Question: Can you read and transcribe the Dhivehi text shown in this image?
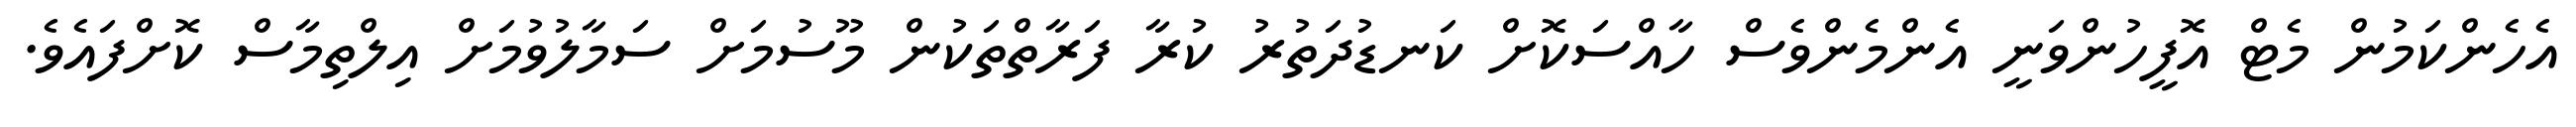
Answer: އެހެންކަމުން މެޓް އޮފީހުންވަނީ އެންމެންވެސް ހާއްސަކޮށް ކަނޑުދަތުރު ކުރާ ފަރާތްތަކުން މޫސުމަށް ސަމާލުވުމަށް އިލްތިމާސް ކޮށްފައެވެ.